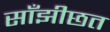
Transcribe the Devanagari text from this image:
साँझीछत